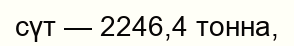
сүт — 2246,4 тонна,